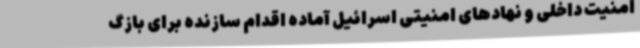
امنیت داخلی و نهادهای امنیتی اسرائیل آماده اقدام سازنده برای بازگ